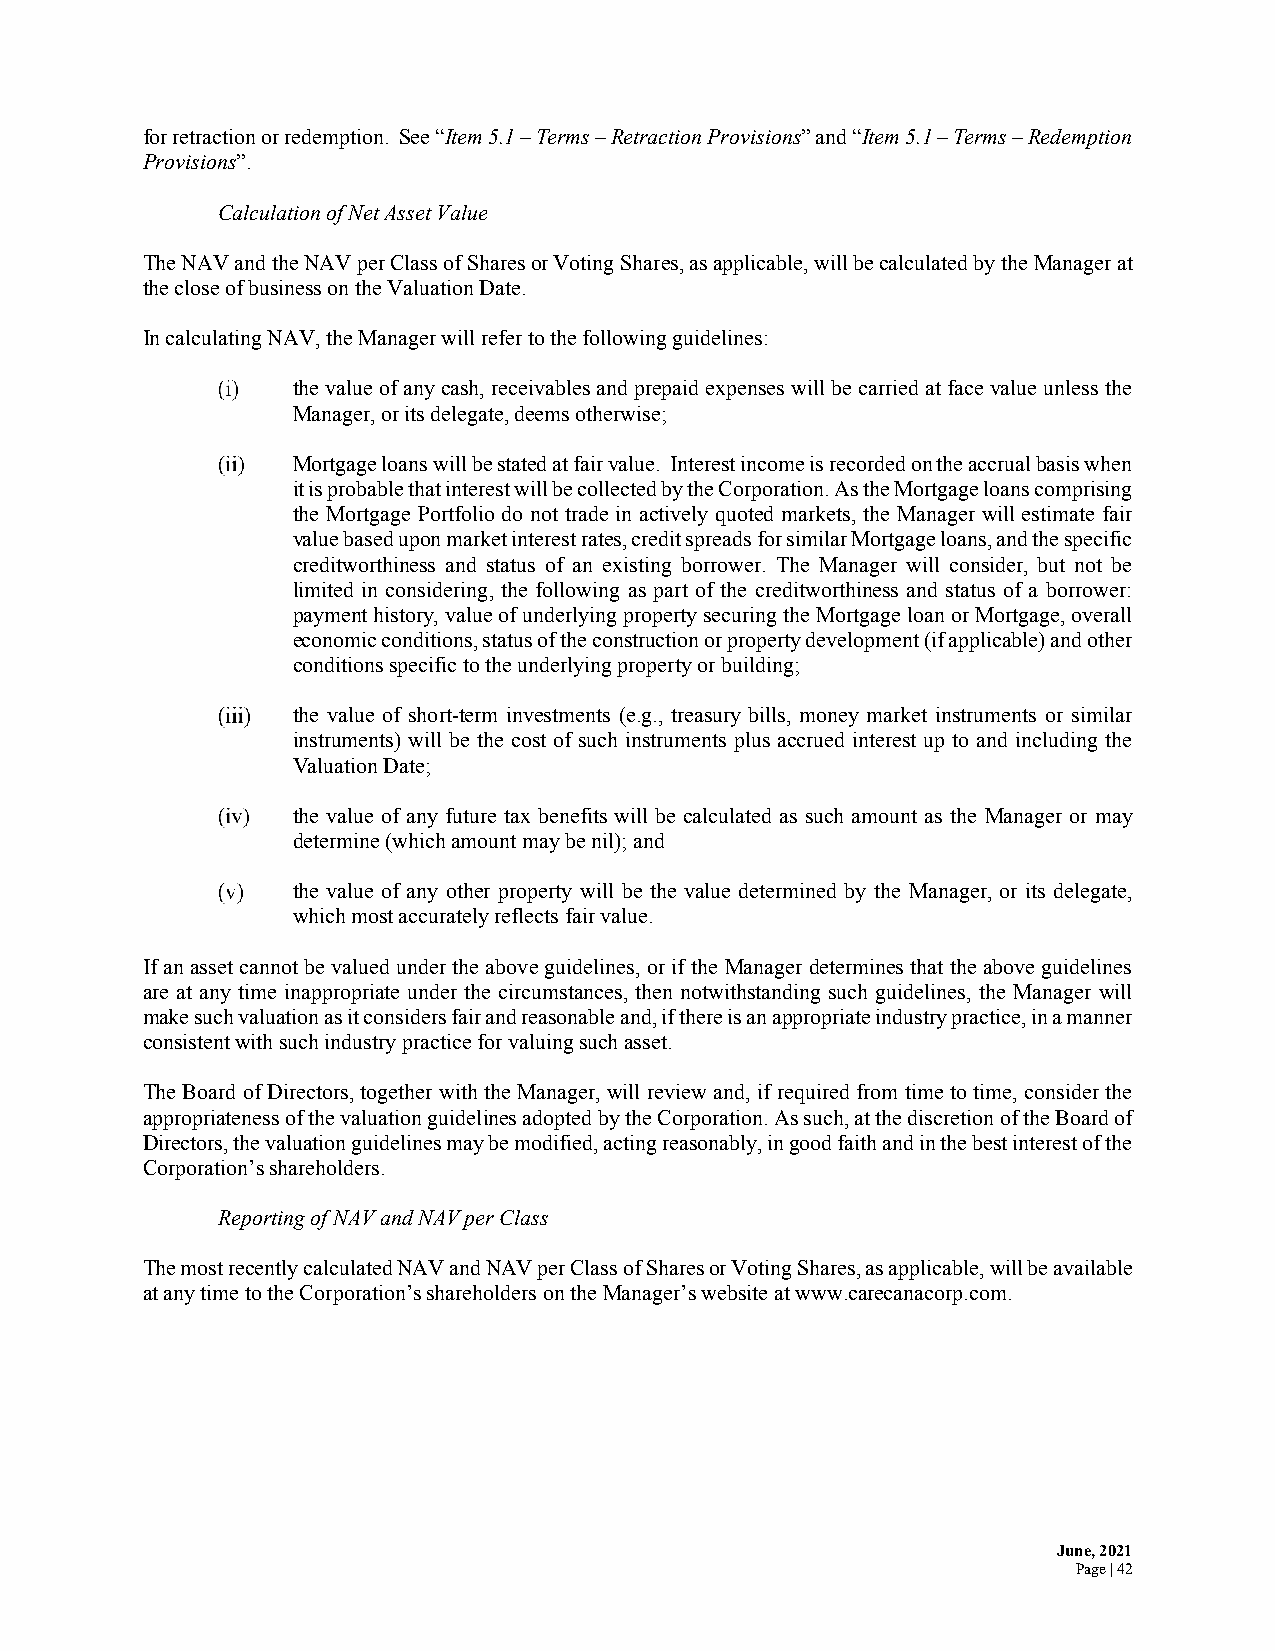
for retraction or redemption. See “Item 5.1 – Terms – Retraction Provisions” and “Item 5.1 – Terms – Redemption
 Provisions”.
 Calculation of Net Asset Value
 The NAV and the NAV per Class of Shares or Voting Shares, as applicable, will be calculated by the Manager at
 the close of business on the Valuation Date.
 In calculating NAV, the Manager will refer to the following guidelines:
 the value of any cash, receivables and prepaid expenses will be carried at face value unless the
 Manager, or its delegate, deems otherwise;
 Mortgage loans will be stated at fair value. Interest income is recorded on the accrual basis when
 it is probable that interest will be collected by the Corporation. As the Mortgage loans comprising
 the Mortgage Portfolio do not trade in actively quoted markets, the Manager will estimate fair
 value based upon market interest rates, credit spreads for similar Mortgage loans, and the specific
 creditworthiness and status of an existing borrower. The Manager will consider, but not be
 limited in considering, the following as part of the creditworthiness and status of a borrower:
 payment history, value of underlying property securing the Mortgage loan or Mortgage, overall
 economic conditions, status of the construction or property development (if applicable) and other
 conditions specific to the underlying property or building;
 the value of short-term investments (e.g., treasury bills, money market instruments or similar
 instruments) will be the cost of such instruments plus accrued interest up to and including the
 Valuation Date;
 the value of any future tax benefits will be calculated as such amount as the Manager or may
 determine (which amount may be nil); and
 the value of any other property will be the value determined by the Manager, or its delegate,
 which most accurately reflects fair value.
 If an asset cannot be valued under the above guidelines, or if the Manager determines that the above guidelines
 are at any time inappropriate under the circumstances, then notwithstanding such guidelines, the Manager will
 make such valuation as it considers fair and reasonable and, if there is an appropriate industry practice, in a manner
 consistent with such industry practice for valuing such asset.
 The Board of Directors, together with the Manager, will review and, if required from time to time, consider the
 appropriateness of the valuation guidelines adopted by the Corporation. As such, at the discretion of the Board of
 Directors, the valuation guidelines may be modified, acting reasonably, in good faith and in the best interest of the
 Corporation’s shareholders.
 Reporting of NAV and NAV per Class
 The most recently calculated NAV and NAV per Class of Shares or Voting Shares, as applicable, will be available
 at any time to the Corporation’s shareholders on the Manager’s website at www.carecanacorp.com.
 June, 2021
 Page | 42